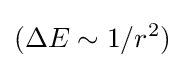
(\Delta E\sim 1/r^{2})